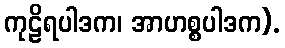
ကုဠိရပါဒက၊ အာဟစ္စပါဒက).